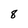
Character: 8